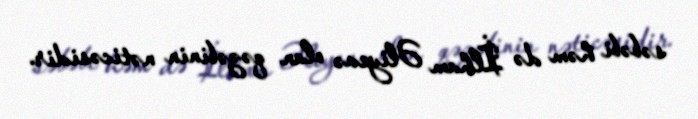
səbəbi həm də İlham Əliyevə olan qəzəbinin nəticəsidir.